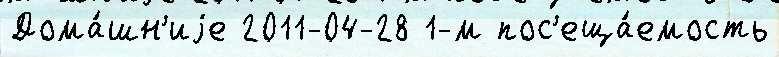
Дома́шн'иjе 2011-04-28 1-м пос'еща́емость